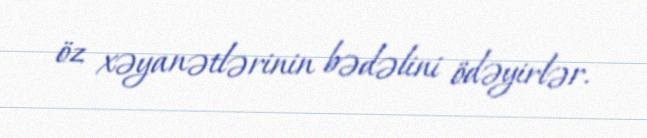
öz xəyanətlərinin bədəlini ödəyirlər.